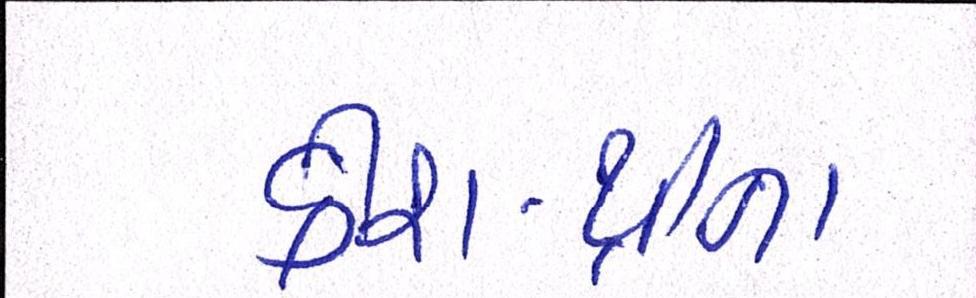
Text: ક્રીશ-થ્રીના